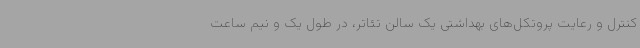
کنترل و رعایت پروتکل‌های بهداشتی یک سالن تئاتر، در طول یک و نیم ساعت